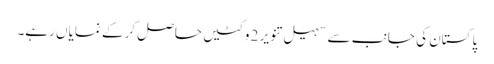
پاکستان کی جانب سے سہیل تنویر 2 وکٹیں حاصل کرکے نمایاں رہے۔